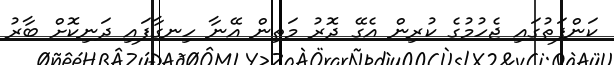
ކަންފަތުގައި ޖެހުމުގެ ކުރިން އެގޭ ދޮރު މަތިން އޭނާ ހިނގާފައި ދަނިކޮށް ބާރު